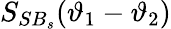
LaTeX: S_{SB_{s}}(\vartheta_{1}-\vartheta_{2})